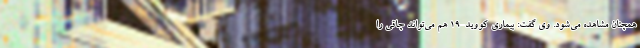
همچنان مشاهده می‌شود. وی گفت: بیماری کووید-۱۹ هم می‌تواند چاقی را